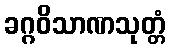
ခဂ္ဂဝိသာဏသုတ္တံ